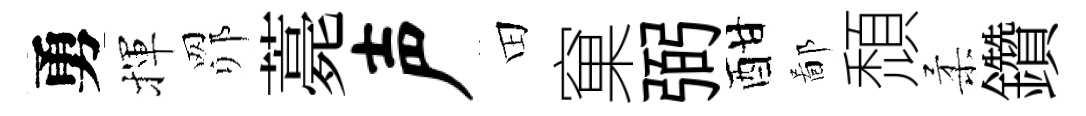
勇揮𦊑薧声田窠弼酣鄙頹柔鑽